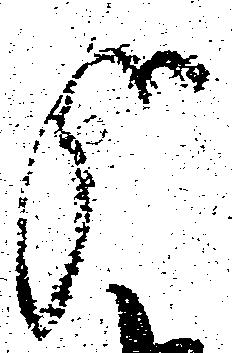
哉